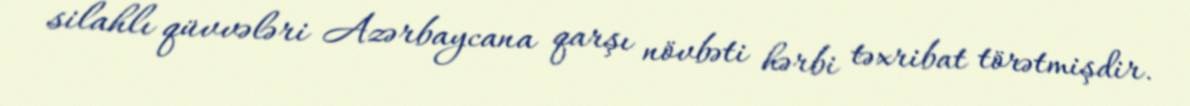
silahlı qüvvələri Azərbaycana qarşı növbəti hərbi təxribat törətmişdir.